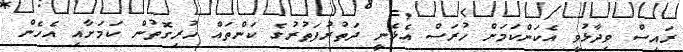
ރައީސް ވިދާޅުވީ އެކަންކަމަށް ހުރަސް އެޅެނީ ދަތުރުފަތުރުުުގެ ކަންތައް ހުރިގޮތުން ކަމަށާއި އެހެން